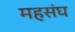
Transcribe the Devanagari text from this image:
महसंघ